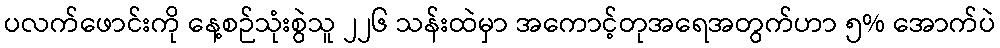
ပလက်ဖောင်းကို နေ့စဉ်သုံးစွဲသူ ၂၂၆ သန်းထဲမှာ အကောင့်တုအရေအတွက်ဟာ ၅% အောက်ပဲ